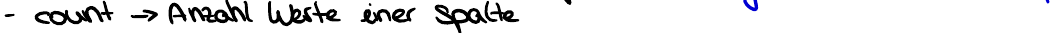
- count -> Anzahl Werte einer Spalte